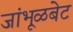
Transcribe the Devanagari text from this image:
जांभूळबेट